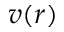
v ( r )